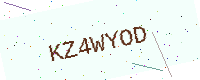
Text: KZ4WYOD